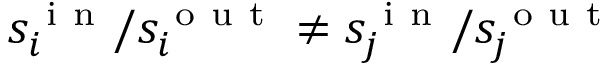
s _ { i } ^ { \mathrm { ~ i ~ n ~ } } / s _ { i } ^ { \mathrm { ~ o ~ u ~ t ~ } } \neq s _ { j } ^ { \mathrm { ~ i ~ n ~ } } / s _ { j } ^ { \mathrm { ~ o ~ u ~ t ~ } }